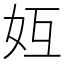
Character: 𪥦